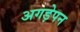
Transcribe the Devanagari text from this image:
अगड़ेपन